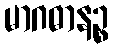
မာဂဓာနဉ္စ